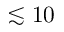
\lesssim 1 0